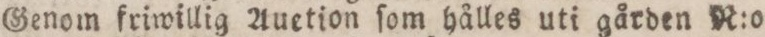
Genom friwillig Auetion ſom hålles uti gården R:o